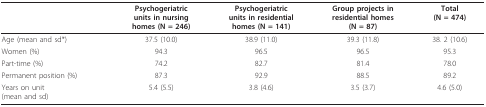
<table><thead><tr><td></td><td><b>Psychogeriatricunits in nursinghomes (N = 246)</b></td><td><b>Psychogeriatricunits in residentialhomes (N = 141)</b></td><td><b>Group projects inresidential homes(N = 87)</b></td><td><b>Total(N = 474)</b></td></tr></thead><tbody><tr><td>Age (mean and sd*)</td><td>37.5 (10.0)</td><td>38.9 (11.0)</td><td>39.3 (11.8)</td><td>38. 2 (10.6)</td></tr><tr><td>Women (%)</td><td>94.3</td><td>96.5</td><td>96.5</td><td>95.3</td></tr><tr><td>Part-time (%)</td><td>74.2</td><td>82.7</td><td>81.4</td><td>78.0</td></tr><tr><td>Permanent position (%)</td><td>87.3</td><td>92.9</td><td>88.5</td><td>89.2</td></tr><tr><td>Years on unit(mean and sd)</td><td>5.4 (5.5)</td><td>3.8 (4.6)</td><td>3.5 (3.7)</td><td>4.6 (5.0)</td></tr></tbody></table>